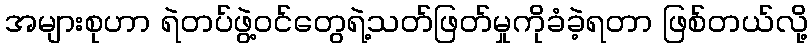
အများစုဟာ ရဲတပ်ဖွဲ့ဝင်တွေရဲ့သတ်ဖြတ်မှုကိုခံခဲ့ရတာ ဖြစ်တယ်လို့